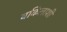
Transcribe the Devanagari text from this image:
वकिलाशी